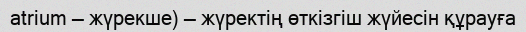
atrium — жүрекше) — жүректің өткізгіш жүйесін құрауға